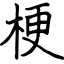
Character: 梗